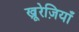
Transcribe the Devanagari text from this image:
खू़रेज़ियाँ